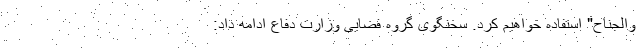
والجناح" استفاده خواهیم کرد. سخنگوی گروه فضایی وزارت دفاع ادامه داد: